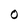
Character: O